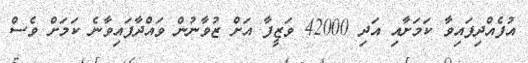
އުފެއްދިފައިވާ ކަމަށާއި އަދި 42000 ވަޒީފާ އަށް ޒުވާނުން ވައްދާފައިވާނެ ކަމަށް ވެސް